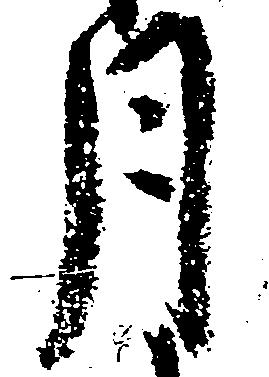
月